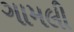
ગામલી